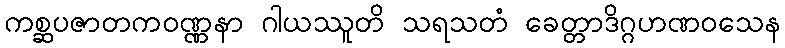
ကစ္ဆပဇာတကဝဏ္ဏနာ ဂါယဿူတိ သရသတံ ခေတ္တာဒိဂ္ဂဟဏဝသေန